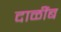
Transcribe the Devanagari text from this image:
दाळींब